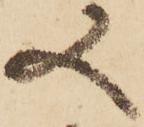
又